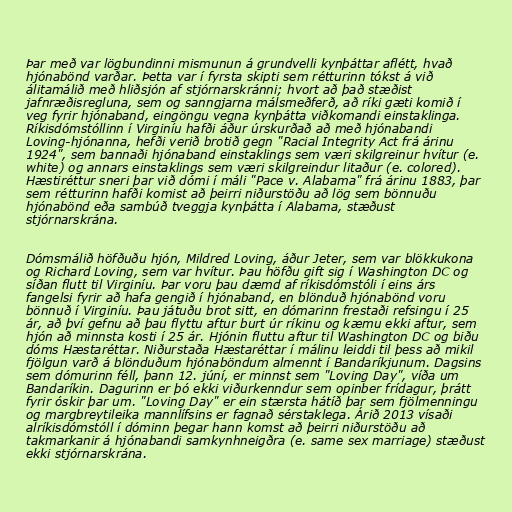
Þar með var lögbundinni mismunun á grundvelli kynþáttar aflétt, hvað
hjónabönd varðar. Þetta var í fyrsta skipti sem rétturinn tókst á við
álitamálið með hliðsjón af stjórnarskránni; hvort að það stæðist
jafnræðisregluna, sem og sanngjarna málsmeðferð, að ríki gæti komið í
veg fyrir hjónaband, eingöngu vegna kynþátta viðkomandi einstaklinga.
Ríkisdómstóllinn í Virginíu hafði áður úrskurðað að með hjónabandi
Loving-hjónanna, hefði verið brotið gegn "Racial Integrity Act frá árinu
1924", sem bannaði hjónaband einstaklings sem væri skilgreinur hvítur (e.
white) og annars einstaklings sem væri skilgreindur litaður (e. colored).
Hæstiréttur sneri þar við dómi í máli "Pace v. Alabama" frá árinu 1883, þar
sem rétturinn hafði komist að þeirri niðurstöðu að lög sem bönnuðu
hjónabönd eða sambúð tveggja kynþátta í Alabama, stæðust
stjórnarskrána.

Dómsmálið höfðuðu hjón, Mildred Loving, áður Jeter, sem var blökkukona
og Richard Loving, sem var hvítur. Þau höfðu gift sig í Washington DC og
síðan flutt til Virginíu. Þar voru þau dæmd af ríkisdómstóli í eins árs
fangelsi fyrir að hafa gengið í hjónaband, en blönduð hjónabönd voru
bönnuð í Virginíu. Þau játuðu brot sitt, en dómarinn frestaði refsingu í 25
ár, að því gefnu að þau flyttu aftur burt úr ríkinu og kæmu ekki aftur, sem
hjón að minnsta kosti í 25 ár. Hjónin fluttu aftur til Washington DC og biðu
dóms Hæstaréttar. Niðurstaða Hæstaréttar í málinu leiddi til þess að mikil
fjölgun varð á blönduðum hjónaböndum almennt í Bandaríkjunum. Dagsins
sem dómurinn féll, þann 12. júní, er minnst sem "Loving Day", víða um
Bandaríkin. Dagurinn er þó ekki viðurkenndur sem opinber frídagur, þrátt
fyrir óskir þar um. "Loving Day" er ein stærsta hátíð þar sem fjölmenningu
og margbreytileika mannlífsins er fagnað sérstaklega. Árið 2013 vísaði
alríkisdómstóll í dóminn þegar hann komst að þeirri niðurstöðu að
takmarkanir á hjónabandi samkynhneigðra (e. same sex marriage) stæðust
ekki stjórnarskrána.